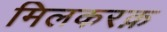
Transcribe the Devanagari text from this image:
मिलकरक़